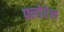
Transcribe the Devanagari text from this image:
फ्लोरेल